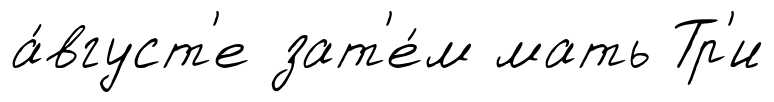
а́вгуст'е зат'е́м мать Тр'и